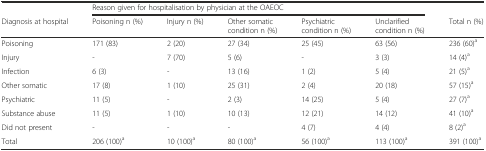
<table><thead><tr><td></td><td colspan="5"><b>Reason given for hospitalisation by physician at the OAEOC</b></td><td></td></tr><tr><td><b>Diagnosis at hospital</b></td><td><b>Poisoning n (%)</b></td><td><b>Injury n (%)</b></td><td><b>Other somatic condition n (%)</b></td><td><b>Psychiatric condition n (%)</b></td><td><b>Unclarified condition n (%)</b></td><td><b>Total n (%)</b></td></tr></thead><tbody><tr><td>Poisoning</td><td>171 (83)</td><td>2 (20)</td><td>27 (34)</td><td>25 (45)</td><td>63 (56)</td><td>236 (60)<sup>a</sup></td></tr><tr><td>Injury</td><td>-</td><td>7 (70)</td><td>5 (6)</td><td>-</td><td>3 (3)</td><td>14 (4)<sup>a</sup></td></tr><tr><td>Infection</td><td>6 (3)</td><td>-</td><td>13 (16)</td><td>1 (2)</td><td>5 (4)</td><td>21 (5)<sup>a</sup></td></tr><tr><td>Other somatic</td><td>17 (8)</td><td>1 (10)</td><td>25 (31)</td><td>2 (4)</td><td>20 (18)</td><td>57 (15)<sup>a</sup></td></tr><tr><td>Psychiatric</td><td>11 (5)</td><td>-</td><td>2 (3)</td><td>14 (25)</td><td>5 (4)</td><td>27 (7)<sup>a</sup></td></tr><tr><td>Substance abuse</td><td>11 (5)</td><td>1 (10)</td><td>10 (13)</td><td>12 (21)</td><td>14 (12)</td><td>41 (10)<sup>a</sup></td></tr><tr><td>Did not present</td><td>-</td><td>-</td><td>-</td><td>4 (7)</td><td>4 (4)</td><td>8 (2)<sup>a</sup></td></tr><tr><td>Total</td><td>206 (100)<sup>a</sup></td><td>10 (100)<sup>a</sup></td><td>80 (100)<sup>a</sup></td><td>56 (100)<sup>a</sup></td><td>113 (100)<sup>a</sup></td><td>391 (100)<sup>a</sup></td></tr></tbody></table>